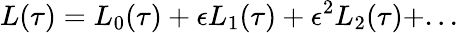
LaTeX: L(\tau)=L_{0}(\tau)+\epsilon L_{1}(\tau)+\epsilon^{2}L_{2}(\tau)+...